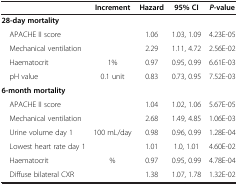
<table><thead><tr><td><b> </b></td><td><b>Increment</b></td><td><b>Hazard</b></td><td><b>95% CI</b></td><td><b><i>P-</i>value</b></td></tr></thead><tbody><tr><td><b>28-day mortality</b></td><td> </td><td> </td><td> </td><td> </td></tr><tr><td> APACHE II score</td><td> </td><td>1.06</td><td>1.03, 1.09</td><td>4.23E-05</td></tr><tr><td> Mechanical ventilation</td><td> </td><td>2.29</td><td>1.11, 4.72</td><td>2.56E-02</td></tr><tr><td> Haematocrit</td><td>1%</td><td>0.97</td><td>0.95, 0.99</td><td>6.61E-03</td></tr><tr><td> pH value</td><td>0.1 unit</td><td>0.83</td><td>0.73, 0.95</td><td>7.52E-03</td></tr><tr><td><b>6-month mortality</b></td><td> </td><td> </td><td> </td><td> </td></tr><tr><td> APACHE II score</td><td> </td><td>1.04</td><td>1.02, 1.06</td><td>5.67E-05</td></tr><tr><td> Mechanical ventilation</td><td> </td><td>2.68</td><td>1.49, 4.85</td><td>1.06E-03</td></tr><tr><td> Urine volume day 1</td><td>100 mL/day</td><td>0.98</td><td>0.96, 0.99</td><td>1.28E-04</td></tr><tr><td> Lowest heart rate day 1</td><td> </td><td>1.01</td><td>1.0, 1.01</td><td>4.60E-02</td></tr><tr><td> Haematocrit</td><td>%</td><td>0.97</td><td>0.95, 0.99</td><td>4.78E-04</td></tr><tr><td> Diffuse bilateral CXR</td><td> </td><td>1.38</td><td>1.07, 1.78</td><td>1.32E-02</td></tr></tbody></table>